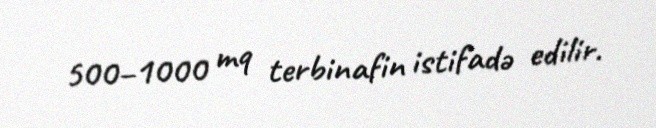
500–1000 mq terbinafin istifadə edilir.